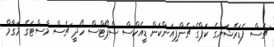
ޗެސް ފެޑަރޭޝަންގެ ކަޕްގެ ޗެންޕިއަންކަން ޑީއެކްސް ސްޕޯޓްސް ހޯދީ ޗެސް މާސްޓަގެ މަގާމް